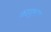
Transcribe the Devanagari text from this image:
काबुल्ल